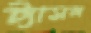
ট্যাসল